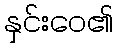
နှင်းဝေ၏